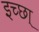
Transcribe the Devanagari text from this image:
इच्छा्